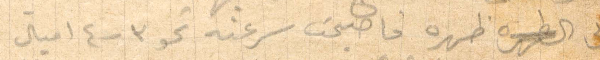
على ظهره فاصبحت سرعته نحو ٣ - ٤ اميال